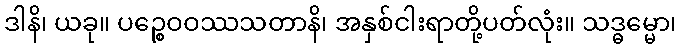
ဒါနိ၊ ယခု။ ပဉ္စေဝဝဿသတာနိ၊ အနှစ်ငါးရာတို့ပတ်လုံး။ သဒ္ဓမ္မော၊